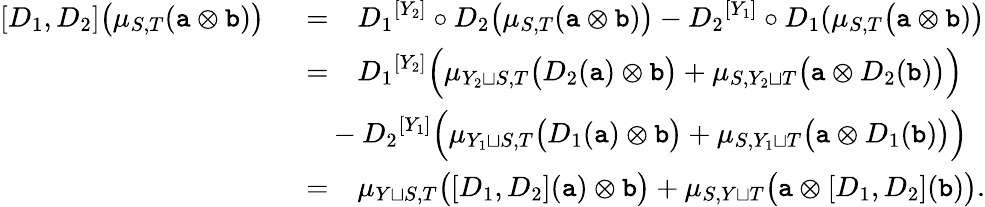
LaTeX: \begin{array}{rl}{[D_{1},D_{2}]\big(\mu_{S,T}(\mathtt{a}\otimes\mathtt{b})\big)\ \ }&{=\ \ \ {D_{1}}^{[Y_{2}]}\circ{D_{2}}\big(\mu_{S,T}(\mathtt{a}\otimes\mathtt{b})\big)-{D_{2}}^{[Y_{1}]}\circ{D_{1}}(\mu_{S,T}\big(\mathtt{a}\otimes\mathtt{b})\big)}\\ &{=\ \ \ {D_{1}}^{[Y_{2}]}\Big(\mu_{Y_{2}\sqcup S,T}\big({D_{2}}(\mathtt{a})\otimes\mathtt{b}\big)+\mu_{S,Y_{2}\sqcup T}\big(\mathtt{a}\otimes{D_{2}}(\mathtt{b})\big)\Big)}\\ &{\ \ \ -{D_{2}}^{[Y_{1}]}\Big(\mu_{Y_{1}\sqcup S,T}\big({D_{1}}(\mathtt{a})\otimes\mathtt{b}\big)+\mu_{S,Y_{1}\sqcup T}\big(\mathtt{a}\otimes{D_{1}}(\mathtt{b})\big)\Big)}\\ &{=\ \ \ \mu_{Y\sqcup S,T}\big([D_{1},D_{2}](\mathtt{a})\otimes\mathtt{b}\big)+\mu_{S,Y\sqcup T}\big(\mathtt{a}\otimes[D_{1},D_{2}](\mathtt{b})\big).}\end{array}